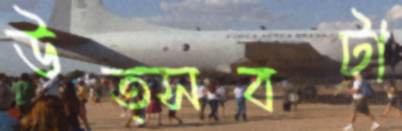
উত্সবটা